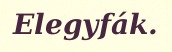
Elegyfák.